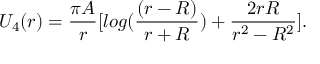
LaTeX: U _ { 4 } ( r ) = \frac { \pi A } { r } [ l o g ( \frac { ( r - R ) } { r + R } ) + \frac { 2 r R } { r ^ { 2 } - R ^ { 2 } } ] .